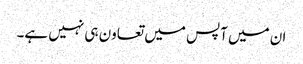
ان میں آپس میں تعاون ہی نہیں ہے۔